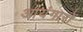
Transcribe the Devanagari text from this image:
आयंगारों